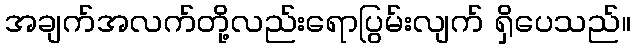
အချက်အလက်တို့လည်းရောပြွမ်းလျက် ရှိပေသည်။